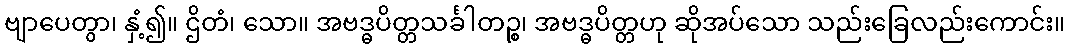
ဗျာပေတွာ၊ နှံ့၍။ ဌိတံ၊ သော။ အဗဒ္ဓပိတ္တသင်္ခါတဉ္စ၊ အဗဒ္ဓပိတ္တဟု ဆိုအပ်သော သည်းခြေလည်းကောင်း။